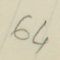
64